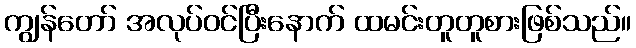
ကျွန်တော် အလုပ်ဝင်ပြီးနောက် ထမင်းတူတူစားဖြစ်သည်။